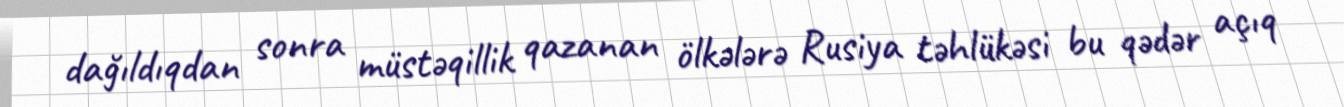
dağıldıqdan sonra müstəqillik qazanan ölkələrə Rusiya təhlükəsi bu qədər açıq